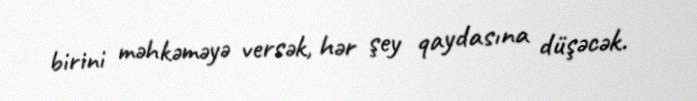
birini məhkəməyə versək, hər şey qaydasına düşəcək.